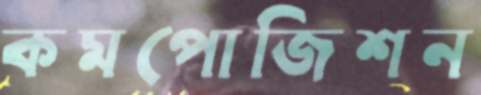
কমপোজিশন